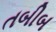
તબીબ